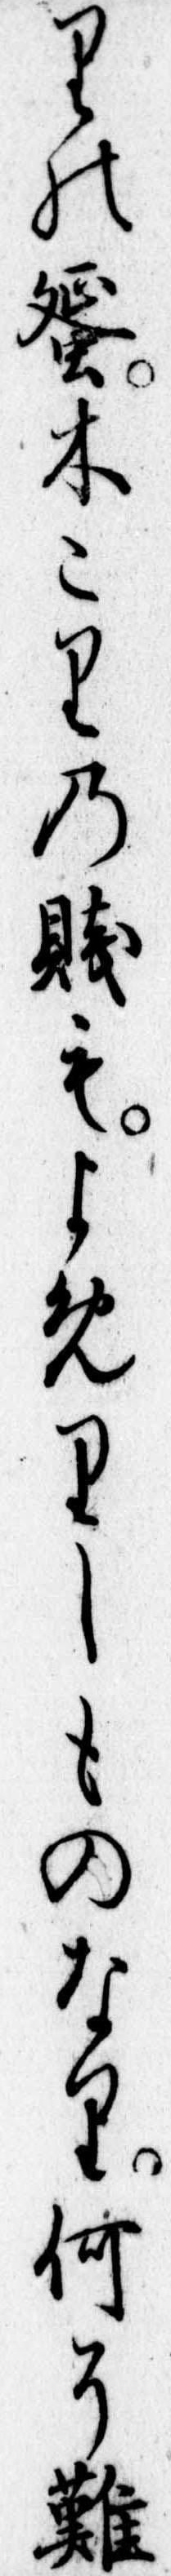
りの蜑木こりの賎もよめりしものなり何そ難